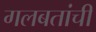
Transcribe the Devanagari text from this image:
गलबतांची